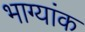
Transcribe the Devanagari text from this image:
भाग्यांक